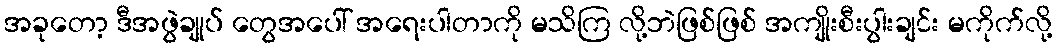
အခုတော့ ဒီအဖွဲချုပ် တွေအပေါ် အရေးပါတာကို မသိကြ လို့ဘဲဖြစ်ဖြစ် အကျိုးစီးပွါးချင်း မကိုက်လို့